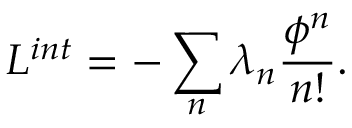
{ \cal L } ^ { i n t } = - \sum _ { n } \lambda _ { n } \frac { \phi ^ { n } } { n ! } .